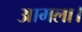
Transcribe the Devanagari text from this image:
आमला।